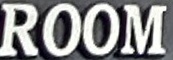
ROOM